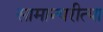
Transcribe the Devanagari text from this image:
सामान्यरीत्या